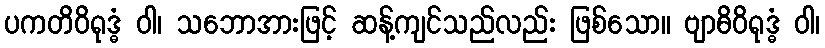
ပကတိဝိရုဒ္ဓံ ဝါ၊ သဘောအားဖြင့် ဆန့်ကျင်သည်လည်း ဖြစ်သော။ ဗျာဓိဝိရုဒ္ဓံ ဝါ၊